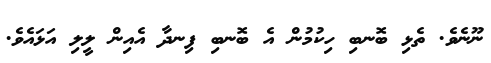
ނޫނެވެ. ތެޅި ބޮނބި ހިކުމުން އެ ބޮނބި ފިނދާ އެއިން ލީލި އަޅައެވެ.